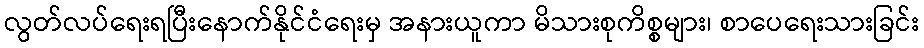
လွတ်လပ်ရေးရပြီးနောက်နိုင်ငံရေးမှ အနားယူကာ မိသားစုကိစ္စများ၊ စာပေရေးသားခြင်း